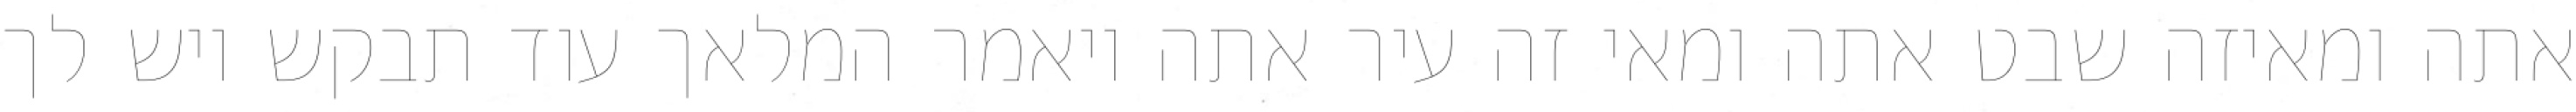
אתה ומאיזה שבט אתה ומאי זה עיר אתה ויאמר המלאך עוד תבקש ויש לך